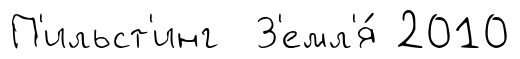
П'ильст'инг З'емл'я́ 2010